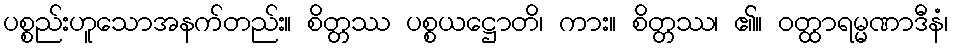
ပစ္စည်းဟူသောအနက်တည်း။ စိတ္တဿ ပစ္စယဋ္ဌောတိ၊ ကား။ စိတ္တဿ၊ ၏။ ဝတ္ထာရမ္မဏာဒီနံ၊